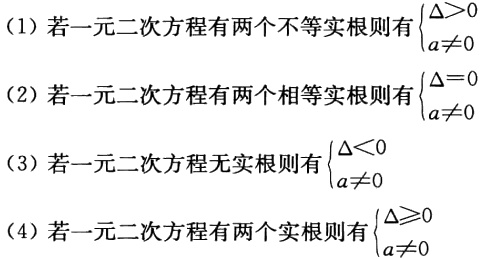
(1) 若一元二次方程有两个不等实根则有\(\begin{cases}

\Delta>0 \\

a\neq0

\end{cases}\)

(2) 若一元二次方程有两个相等实根则有\(\begin{cases}

\Delta = 0 \\

a\neq0

\end{cases}\)

(3) 若一元二次方程无实根则有\(\begin{cases}

\Delta<0 \\

a\neq0

\end{cases}\)

(4) 若一元二次方程有两个实根则有\(\begin{cases}

\Delta\geqslant0 \\

a\neq0

\end{cases}\)